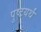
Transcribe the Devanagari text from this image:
पुष्टयर्थं